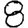
Digit: 8